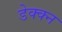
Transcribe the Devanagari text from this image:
डेक्क्न